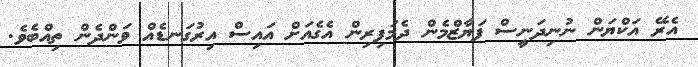
އެރޭ އަކްޔަން ނުނިދަނީސް ފަޔާޒްމެން ދެމަފިރިން އެގެއަށް އައިސް އިރުގަނޑެއް ވަންދެން ތިއްބެވެ.